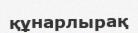
құнарлырақ